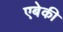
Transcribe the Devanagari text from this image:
एबेकी